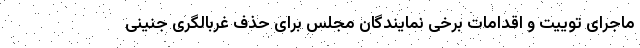
ماجرای توییت و اقدامات برخی نمایندگان مجلس برای حذف غربالگری جنینی